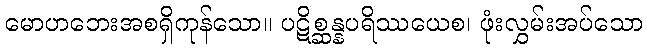
မောဟဘေးအစရှိကုန်သော။ ပဋိစ္ဆန္နပရိဿယေစ၊ ဖုံးလွှမ်းအပ်သော